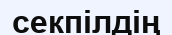
секпілдің